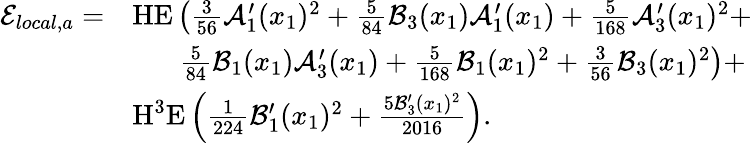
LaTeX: \begin{array}{rl}{\mathcal{E}_{local,a}=}&{\textup{HE}\left(\frac{3}{56}\mathcal{A}_{1}^{\prime}(x_{1})^{2}+\frac{5}{84}\mathcal{B}_{3}(x_{1})\mathcal{A}_{1}^{\prime}(x_{1})+\frac{5}{168}\mathcal{A}_{3}^{\prime}(x_{1})^{2}+\right.}\\ &{\ \ \ \ \ \ \left.\frac{5}{84}\mathcal{B}_{1}(x_{1})\mathcal{A}_{3}^{\prime}(x_{1})+\frac{5}{168}\mathcal{B}_{1}(x_{1})^{2}+\frac{3}{56}\mathcal{B}_{3}(x_{1})^{2}\right)+}\\ &{\textup{H}^{3}\textup{E}\left(\frac{1}{224}\mathcal{B}_{1}^{\prime}(x_{1})^{2}+\frac{5\mathcal{B}_{3}^{\prime}(x_{1})^{2}}{2016}\right).}\end{array}